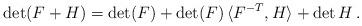
LaTeX: \begin{align*}\det(F+H)=\det (F) + \det (F)\,\langle F^{-T}, H\rangle +\det H\,.\end{align*}